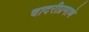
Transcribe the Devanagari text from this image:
चादरीप्रमाणे